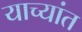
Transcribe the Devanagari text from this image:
याच्यांत